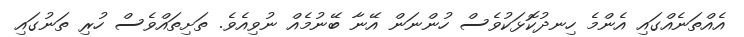
އެއްތަނެއްގައި އެންމެ ހިނދުކޮޅަކުވެސް ހުންނަން އޭނާ ބޭނުމެއް ނުވިއެވެ. ތަށިތައްވެސް ހުރި ތަނުގައި